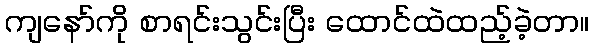
ကျနော်ကို စာရင်းသွင်းပြီး ထောင်ထဲထည့်ခဲ့တာ။